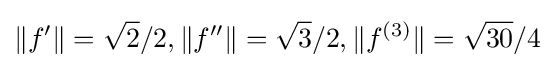
\lVert f'\rVert ={\sqrt {2}}/2,\lVert f''\rVert ={\sqrt {3}}/2,\lVert f^{(3)}\rVert ={\sqrt {30}}/4